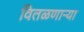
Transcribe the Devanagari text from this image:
वितळणार्‍या